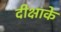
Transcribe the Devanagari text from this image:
दीक्षाके